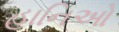
હાનિઓ